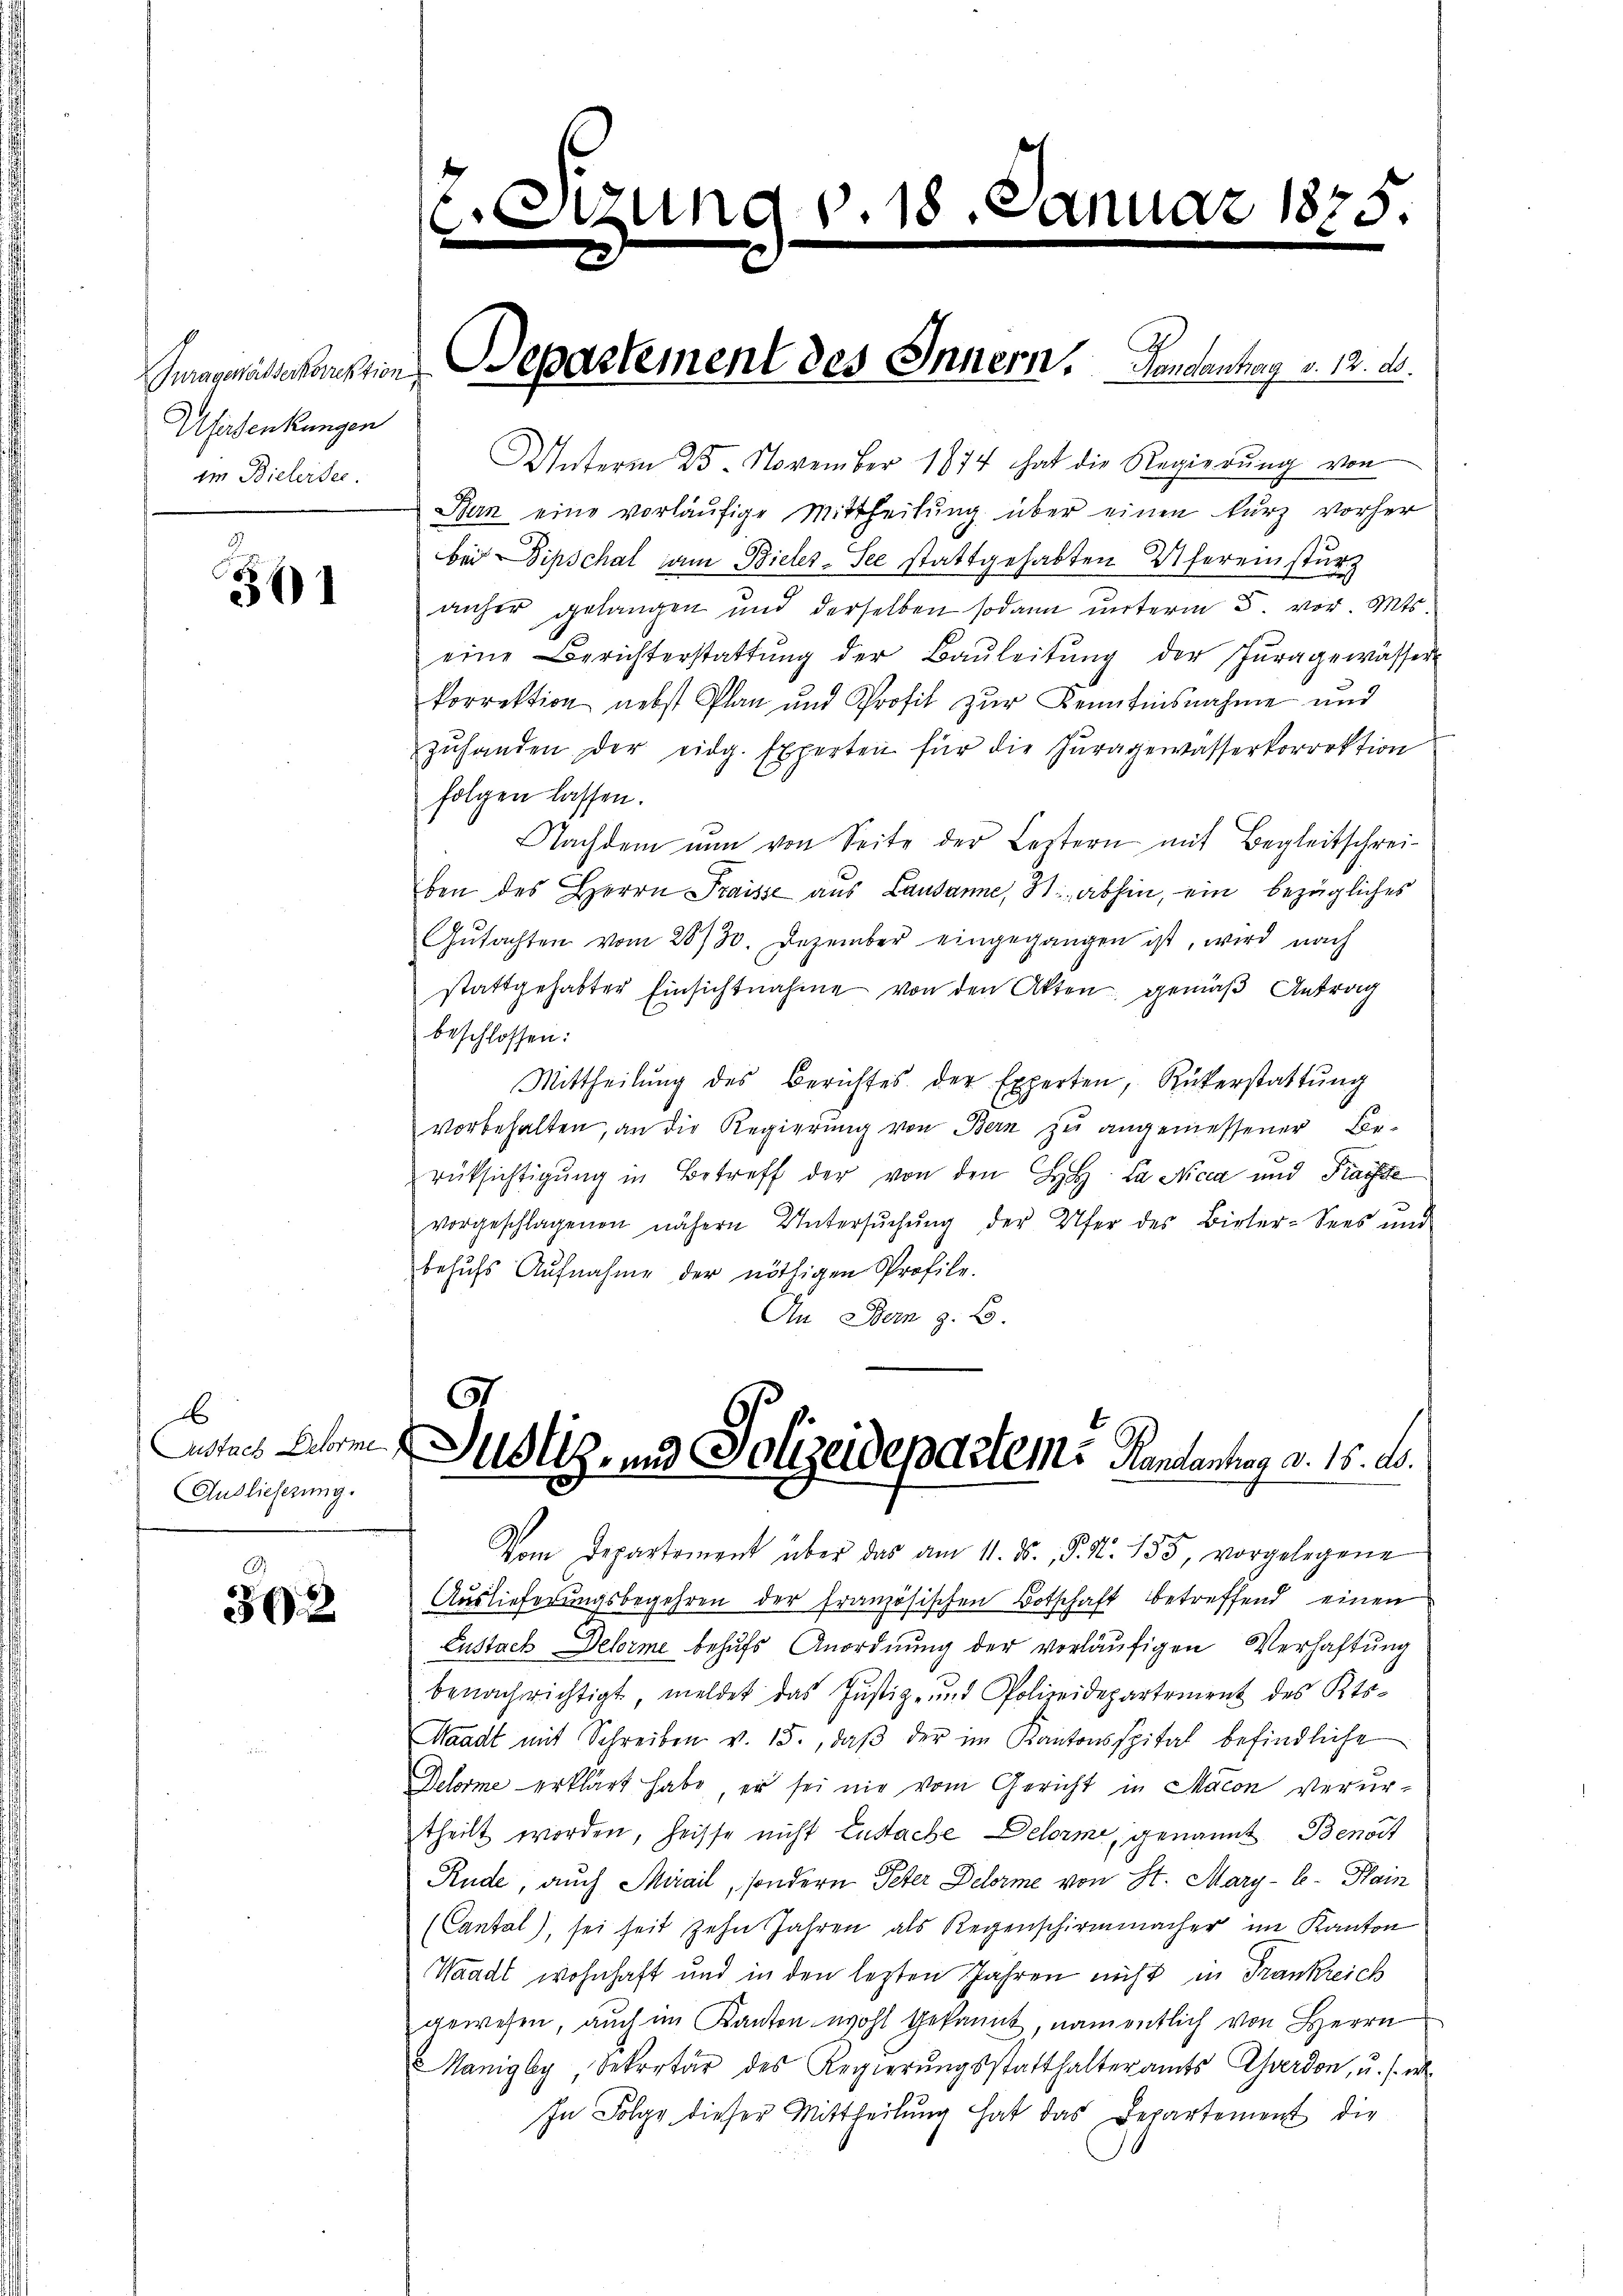
Afisenkungen
im Bielersee.

36)1

E
Austach Deforme
Auslieferung.

392

c. Etzung v. 18. Januar 1875.

Unterm 25. November 1874 hat die Regierŭng von
Bun eine vorläufige Mittheilung über einen kurz vorher
bei Sipschal am Bieler-See stattgehabten Ufereinsturz
anher gelangen und derselben sodann unterm 5. vor. Mts.
eine Berichterstattŭng der Baŭleitŭng der Juragewässer
korrektion nebst Plan und Profit zur Kenntnisnahme und
zŭhanden der eidg. Experten für die Zŭragewässerkorrektion
folgen lassen.
Nachdem nun von Seite der Leztern mit Begleitschreiben des Herrn Fraisse aus Lausanne, 8. abhin, ein bezügliches
Gŭtachten vom 28730. Dezember eingegangen ist, wird nach
stattgehabter Einsichtnahme von den Akten gemäß Antrag
beschlossen:
Mittheilŭng des Berichtes der Experten, Rükerstattŭng
vorbehalten, an die Regierung von Bern zu angemessener Berüksichtigŭng in Betreff der von den H. La Nicca und Frachte
vorgeschlagenen nähern Untersŭchŭng der Ufer des Birter-Sees und
behŭfs Aufnahme der nöthigen Profile.
An Stern z. B.
67
Justiz- und Polizeidepartems Pandentrag d. 15. ds.
.
Vom Departement über das am 11. ds., P. Nr. 155, vorgelegene
Auslieferungsbegehren der französischen Botschaft betreffend einen
Eustach Delorme behufs Anordnung der vorläufigen Verhaftung
benachrichtigt, meldet das Justiz- und Polizeidepartement des Kts-
Waadt mit Schreiben v. 15., daβ der im Kantonsspital befindliche
Delorme erklärt habe, er sei mir vom Gericht in Macon verurtheilt worden, heisse nicht Zustache Delorm, genannt Benoit
Rude, auch Miail, sondern Peter Delorme von St. Mary-C. Plain
(Cantal), sei seit zehn Jahren als Regenschirmmacher im Kanton
Waadt wohnhaft und in den lezten Jahren nicht in Frankreich
gewesen, aŭch im Kanton wohl gekannt, namentlich von Herrn
Manigby, Sekretär des Regierŭngsstatthalteramts Yverdon, u. s. w.
In Folge dieser Mittheilung hat das Departement die

Gmagmättkanten Departement des Innern. Koncentrag v. 12. d.